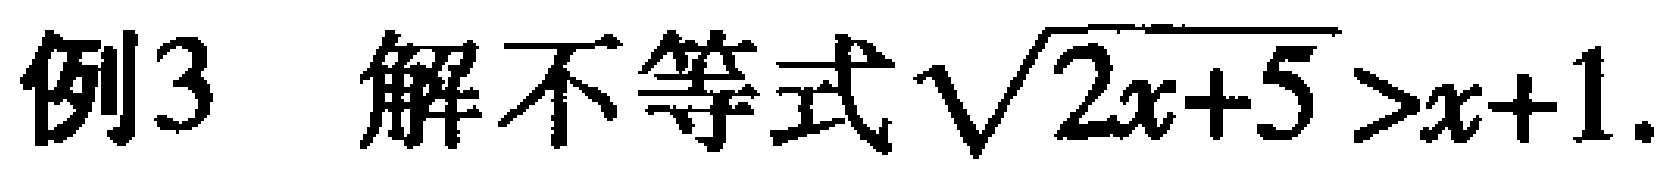
例3 解不等式\(\sqrt{2x + 5} > x + 1\).